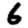
Digit: 6